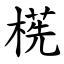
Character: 㮱